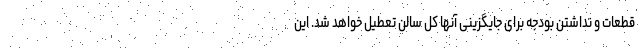
قطعات و نداشتن بودجه برای جایگزینی آنها کل سالن تعطیل خواهد شد. این